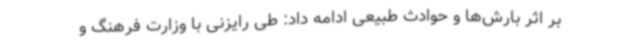
بر اثر بارش‌ها و حوادث طبیعی ادامه داد: طی رایزنی با وزارت فرهنگ و